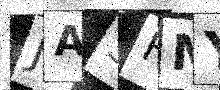
Text: JA3HMY